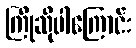
ကြိုဆိုပါကြောင်း